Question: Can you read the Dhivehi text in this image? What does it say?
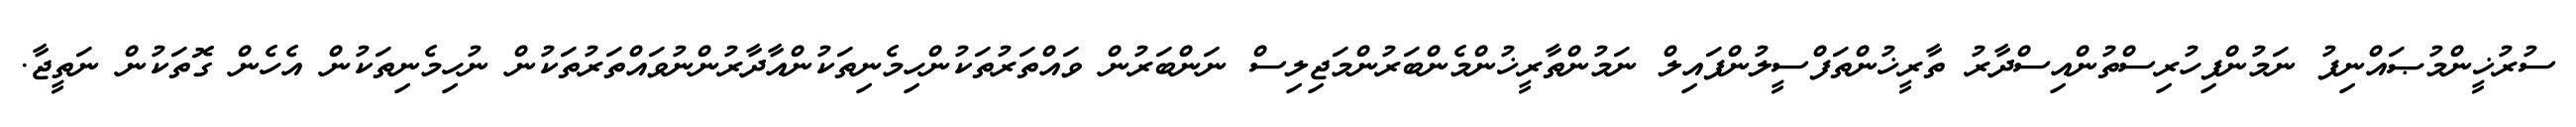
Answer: ސުރުޚީންމުޞައްނިފު ނަމުންފިހުރިސްތުންއިސްދާރު ތާރީޚުންތަފްސީލުންފައިލް ނަމުންތާރީޚުންމެންބަރުންމަޖިލިސް ނަންބަރުން ވައްތަރުތަކުންހިމެނިތަކުންއާދާރުންނުވައްތަރުތަކުން ނުހިމެނިތަކުން އެހެން ގޮތަކުން ނަތީޖާ.